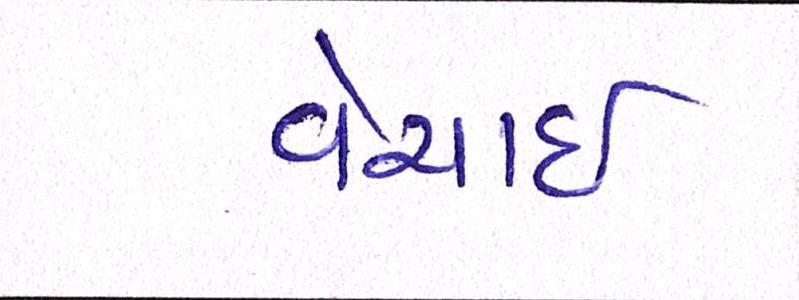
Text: વેચાઈ